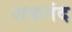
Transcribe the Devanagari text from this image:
शकनंद